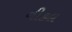
નીકલ